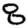
Digit: 8